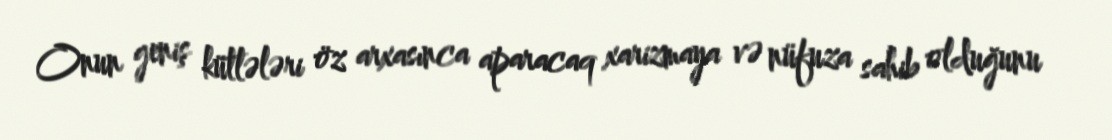
Onun geniş kütlələri öz arxasınca aparacaq xarizmaya və nüfuza sahib olduğunu